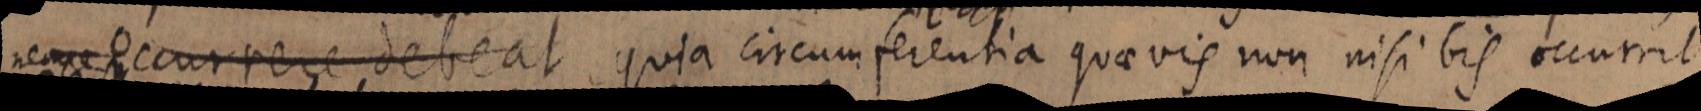
nempe occurrens debeat, quia circumferentia quaevis non nisi bis occurrit